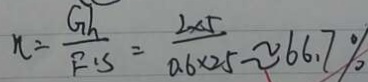
n = \frac { G h } { F \cdot S } = \frac { 2 \times 5 } { 0 . 6 \times 2 5 } \approx 6 6 . 7 \%